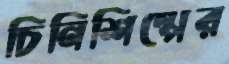
চিনিশিল্পের